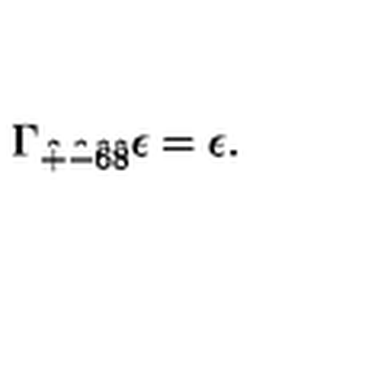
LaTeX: \Gamma _ { \hat { + } \hat { - } \hat { 6 } \hat { 8 } } \epsilon = \epsilon .